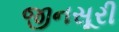
જીનસૂરી